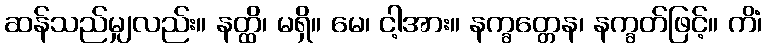
ဆန်သည်မျှလည်း။ နတ္ထိ၊ မရှိ။ မေ၊ ငါ့အား။ နက္ခတ္တေန၊ နက္ခတ်ဖြင့်။ ကိံ၊